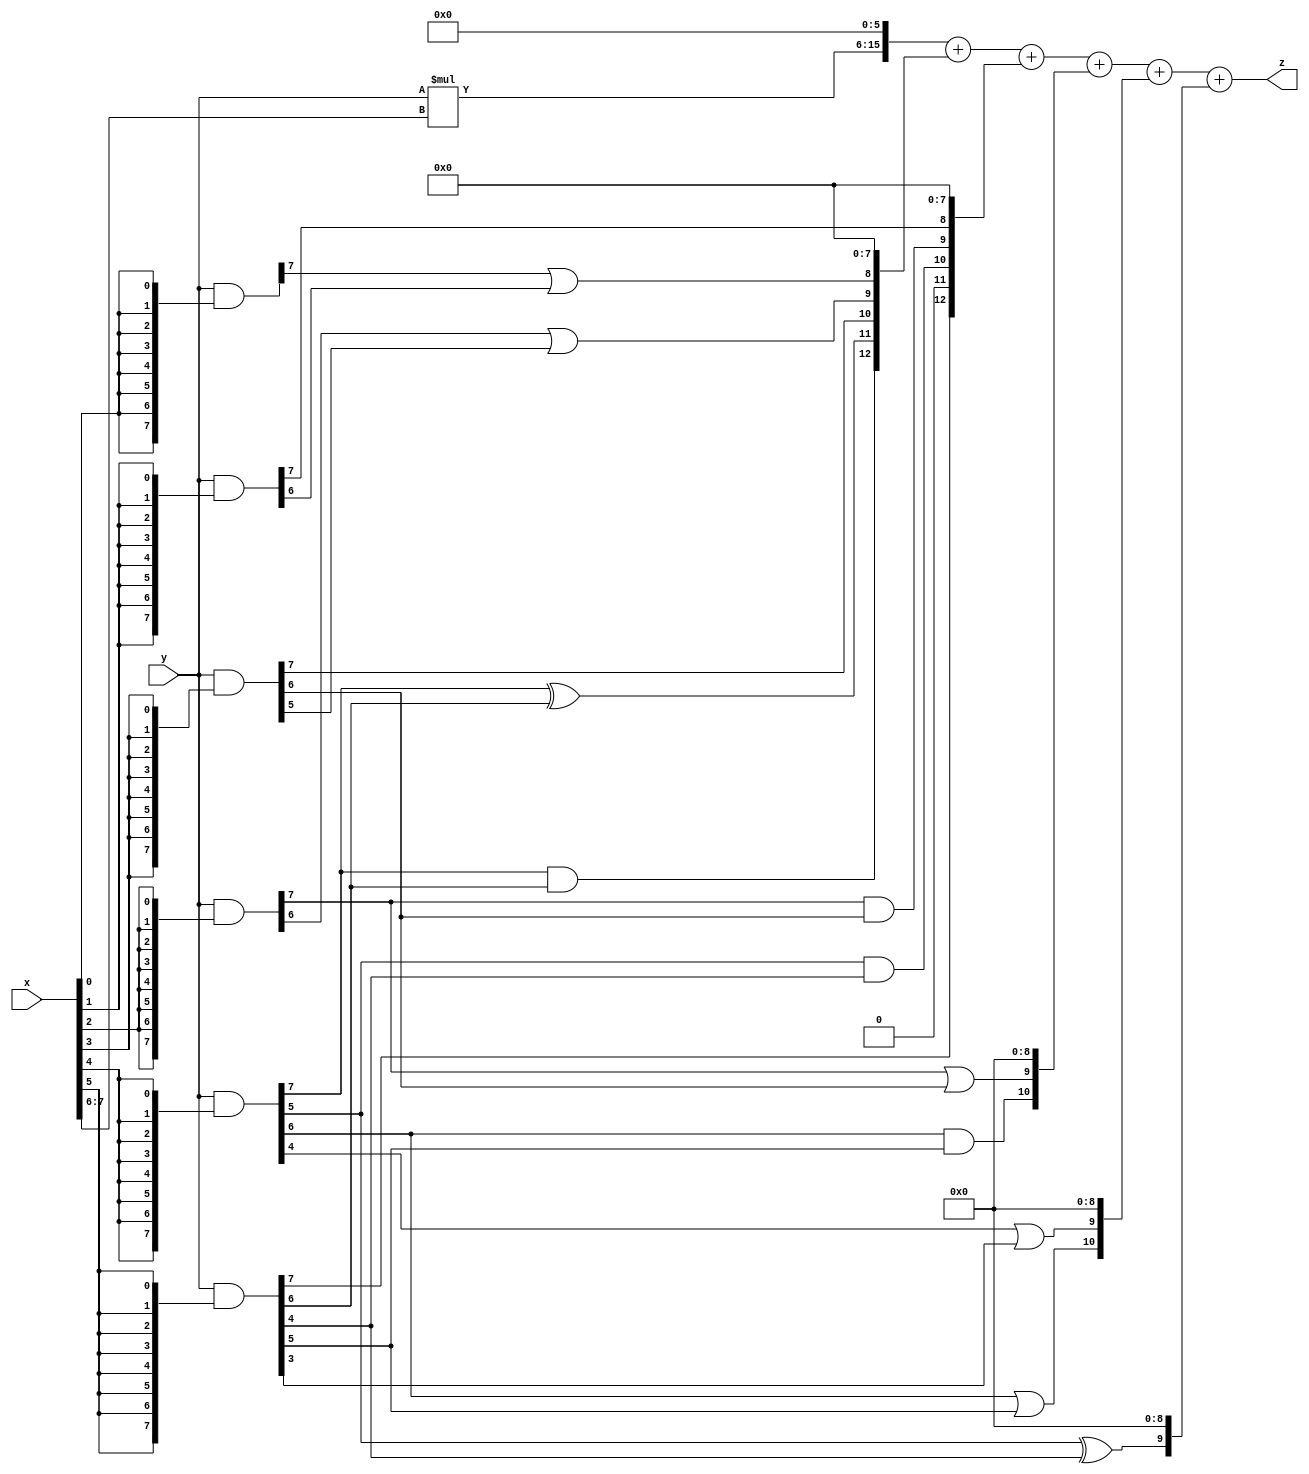
// terms: 14
// fval:  262654.25

module unsigned_8x8_l6_lamb15000_2 (
	input [7:0] x,
	input [7:0] y,
	output [15:0] z
);

wire [9:0] tmp_z = y*x[7:6];

wire [7:0] part1 =  y & {8{x[0]}};
wire [7:0] part2 =  y & {8{x[1]}};
wire [7:0] part3 =  y & {8{x[2]}};
wire [7:0] part4 =  y & {8{x[3]}};
wire [7:0] part5 =  y & {8{x[4]}};
wire [7:0] part6 =  y & {8{x[5]}};

wire [12:0] new_part1;
assign new_part1[0] = 0;
assign new_part1[1] = 0;
assign new_part1[2] = 0;
assign new_part1[3] = 0;
assign new_part1[4] = 0;
assign new_part1[5] = 0;
assign new_part1[6] = 0;
assign new_part1[7] = 0;
assign new_part1[8] = part1[7] | part2[6];
assign new_part1[9] = part3[6] | part4[5];
assign new_part1[10] = part4[7];
assign new_part1[11] = part5[7] ^ part6[6];
assign new_part1[12] = part5[7] & part6[6];

wire [12:0] new_part2;
assign new_part2[0] = 0;
assign new_part2[1] = 0;
assign new_part2[2] = 0;
assign new_part2[3] = 0;
assign new_part2[4] = 0;
assign new_part2[5] = 0;
assign new_part2[6] = 0;
assign new_part2[7] = 0;
assign new_part2[8] = part2[7];
assign new_part2[9] = part3[7] & part4[6];
assign new_part2[10] = part5[5] & part6[4];
assign new_part2[11] = 0;
assign new_part2[12] = part6[7];

wire [10:0] new_part3;
assign new_part3[0] = 0;
assign new_part3[1] = 0;
assign new_part3[2] = 0;
assign new_part3[3] = 0;
assign new_part3[4] = 0;
assign new_part3[5] = 0;
assign new_part3[6] = 0;
assign new_part3[7] = 0;
assign new_part3[8] = 0;
assign new_part3[9] = part3[7] | part4[6];
assign new_part3[10] = part5[6] & part6[5];

wire [10:0] new_part4;
assign new_part4[0] = 0;
assign new_part4[1] = 0;
assign new_part4[2] = 0;
assign new_part4[3] = 0;
assign new_part4[4] = 0;
assign new_part4[5] = 0;
assign new_part4[6] = 0;
assign new_part4[7] = 0;
assign new_part4[8] = 0;
assign new_part4[9] = part5[4] | part6[3];
assign new_part4[10] = part5[6] | part6[5];

wire [9:0] new_part5;
assign new_part5[0] = 0;
assign new_part5[1] = 0;
assign new_part5[2] = 0;
assign new_part5[3] = 0;
assign new_part5[4] = 0;
assign new_part5[5] = 0;
assign new_part5[6] = 0;
assign new_part5[7] = 0;
assign new_part5[8] = 0;
assign new_part5[9] = part5[5] ^ part6[4];

assign z = {tmp_z, 6'd 0} + new_part1 + new_part2 + new_part3 + new_part4 + new_part5;
endmodule